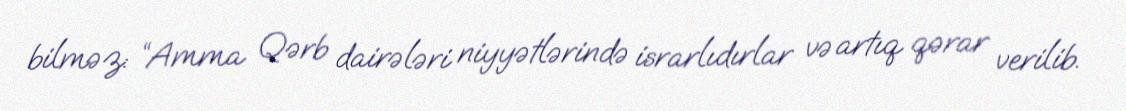
bilməz: “Amma Qərb dairələri niyyətlərində israrlıdırlar və artıq qərar verilib.